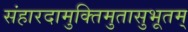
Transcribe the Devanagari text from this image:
संहारदामुक्तिमुतासुभूतम्